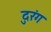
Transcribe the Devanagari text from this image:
दुरंग